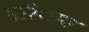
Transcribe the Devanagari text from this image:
हरिगाव